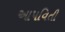
આપવિતી